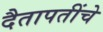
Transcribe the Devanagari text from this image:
दैतापतींचे